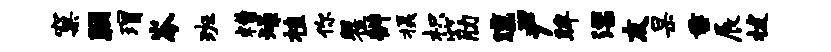
窠胭瑁岑班糟燥植你瞿辨摄枳筋曛尹眸漂友杲垂展拔